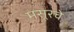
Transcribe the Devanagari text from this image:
मसूरचे